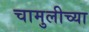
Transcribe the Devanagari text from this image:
चामुलीच्या